King Institute of Preventive Medicine Micro-Biological Section reports 1909-11
Year: 1909
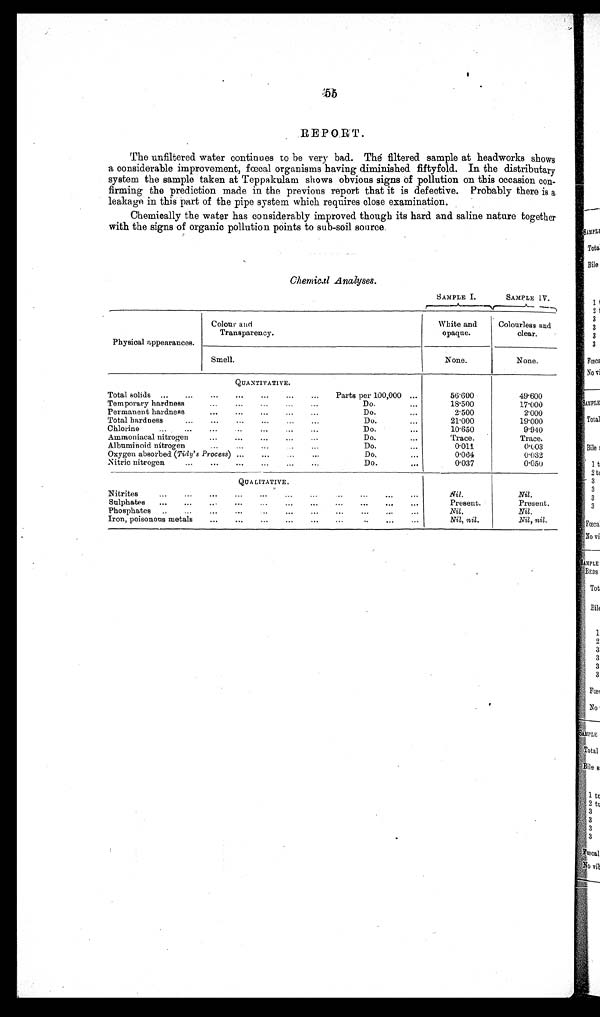
55
REPORT.
The unfiltered water continues to be very bad. The filtered sample at headworks shows
a considerable improvement, fœcal organisms having diminished fiftyfold. In the distributary
system the sample taken at Teppakulam shows obvious signs of pollution on this occasion con-
-firming the prediction made in the previous report that it is defective. Probably there is a
leakage in this part of the pipe system which requires close examination.
Chemically the water has considerably improved though its hard and saline nature together
with the signs of organic pollution points to sub-soil source.
Chemical Analyses.
SAMPLE I.
SAMPLE IV.
Physical appearances.
Colour and
Transparency.
White and
opaque.
Colourless and
clear.
Smell.
None.
None.
QUANTITATIVE.
Total solids ... ...
... ...
... ...
... Parts per 100,000 ...
56.600
49.600
Temporary hardness
...
... ...
. . . ...
Do.
...
18.500
17.000
Permanent hardness
...
... ...
...
...
Do.
. . .
2.500
2. 000
Total hardness
...
...
... ...
...
...
Do.
...
21.000
19.000
Chlorine
... ...
...
. . . ...
. . . . . .
Do.
...
10.650
9.940
Ammoniacal nitrogen
...
...
... ...
...
Do.
...
Trace.
Trace.
Albuminoid nitroge
...
. . .
. . .
. . . ...
Do.
. . .
0.011
0.003
Oxygen absorbed (Tidy' s Process) ...
...
. . . ...
D o .
...
0.064
0.032
Nitric nitrogen
...
...
...
. . . ...
...
Do.
...
0.037
0.050
QUALITATIVE.
Nitrites
. . . ...
... ... ...
... ...
. . . . . .
. . .
. . .
Nil.
Nil.
Sulphates
. . .
. . . ...
. . .
. . .
. . .
. . .
. . . . . . ...
. . .
Present.
Present.
Phosphates ... ...
...
...
. . .
...
...
. . .
. . .
. . .
. . .
Nil.
Nil.
Iron, poisonous metals
. . . ...
. . . ...
...
...
...
. . .
. . . ...
Nil, nil.
Nil, nil.